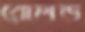
রোলড